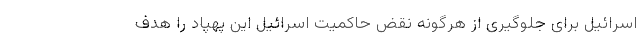
اسرائیل برای جلوگیری از هرگونه نقض حاکمیت اسرائیل این پهپاد را هدف